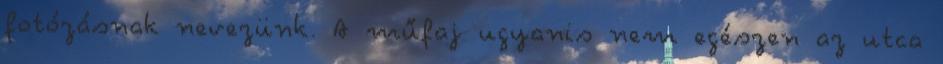
fotózásnak nevezünk. A műfaj ugyanis nem egészen az utca